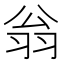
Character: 翁